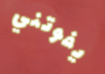
يفوتني